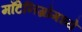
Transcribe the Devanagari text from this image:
माँटेनिग्रोमध्ये